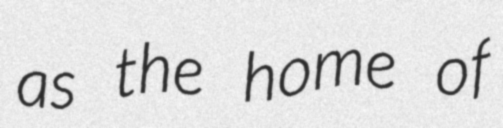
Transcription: as the home of